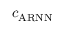
c _ { \mathrm { A R N N } }